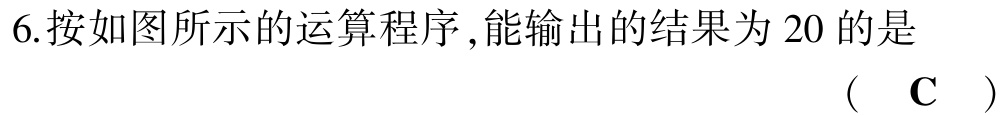
6.按如图所示的运算程序,能输出的结果为 20 的是

( C )